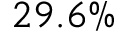
2 9 . 6 \%